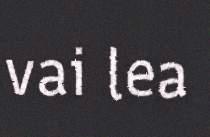
vai lea